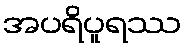
အပရိပူရဿ